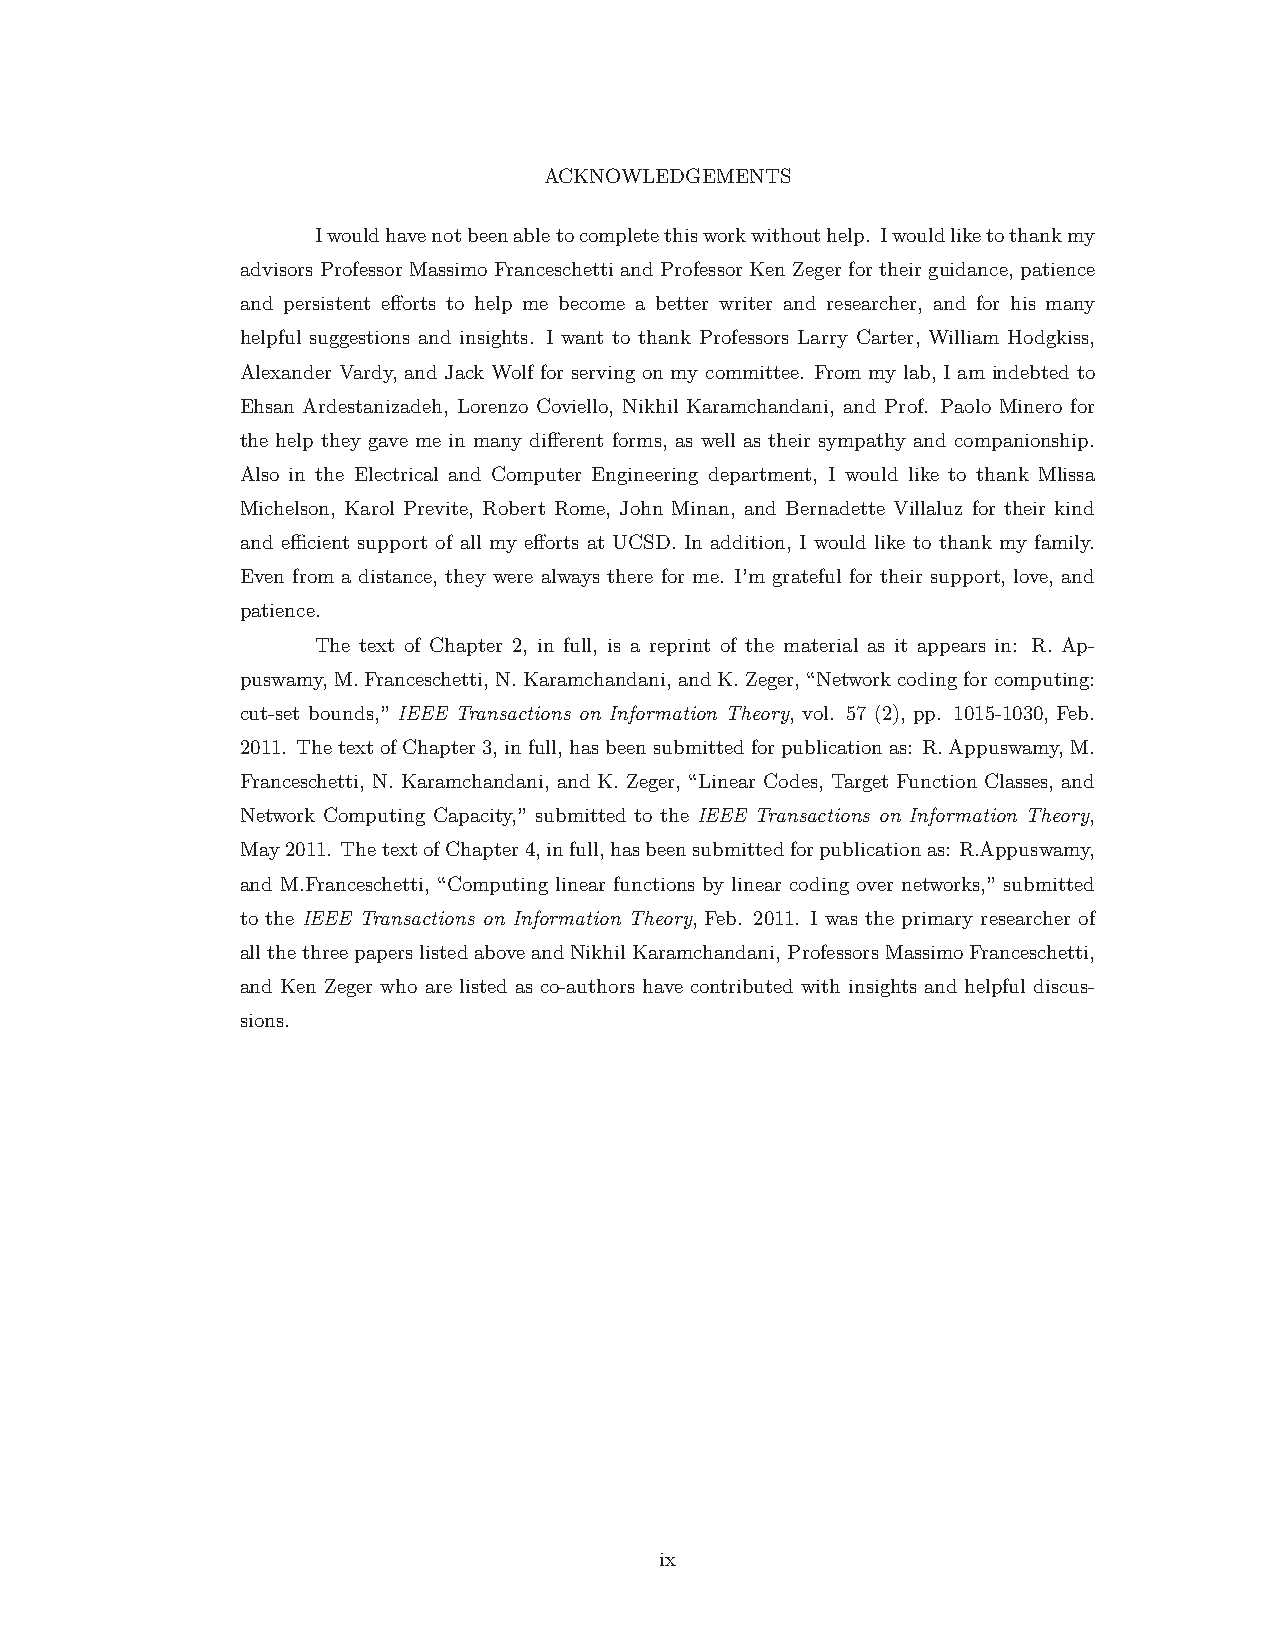
ACKNOWLEDGEMENTS
 Iwouldhavenotbeenabletocompletethisworkwithouthelp. Iwouldliketothankmy
 advisorsProfessorMassimoFranceschettiandProfessorKenZegerfortheirguidance, patience
 and persistent efforts to help me become a better writer and researcher, and for his many
 helpful suggestions and insights. I want to thank Professors Larry Carter, William Hodgkiss,
 Alexander Vardy, and Jack Wolf for serving on my committee. From my lab, I am indebted to
 Ehsan Ardestanizadeh, Lorenzo Coviello, Nikhil Karamchandani, and Prof. Paolo Minero for
 the help they gave me in many different forms, as well as their sympathy and companionship.
 Also in the Electrical and Computer Engineering department, I would like to thank Mlissa
 Michelson, Karol Previte, Robert Rome, John Minan, and Bernadette Villaluz for their kind
 and efficient support of all my efforts at UCSD. In addition, I would like to thank my family.
 Even from a distance, they were always there for me. I’m grateful for their support, love, and
 patience.
 The text of Chapter 2, in full, is a reprint of the material as it appears in: R. Ap-
 puswamy,M.Franceschetti,N.Karamchandani,andK.Zeger,“Networkcodingforcomputing:
 cut-set bounds,” IEEE Transactions on Information Theory, vol. 57 (2), pp. 1015-1030, Feb.
 2011. ThetextofChapter3,infull,hasbeensubmittedforpublicationas: R.Appuswamy,M.
 Franceschetti, N. Karamchandani, and K. Zeger, “Linear Codes, Target Function Classes, and
 Network Computing Capacity,” submitted to the IEEE Transactions on Information Theory,
 May2011. ThetextofChapter4,infull,hasbeensubmittedforpublicationas: R.Appuswamy,
 and M.Franceschetti, “Computing linear functions by linear coding over networks,” submitted
 to the IEEE Transactions on Information Theory, Feb. 2011. I was the primary researcher of
 allthethreepaperslistedaboveandNikhilKaramchandani,ProfessorsMassimoFranceschetti,
 and Ken Zeger who are listed as co-authors have contributed with insights and helpful discus-
 sions.
 ix